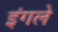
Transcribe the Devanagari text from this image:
इंगले